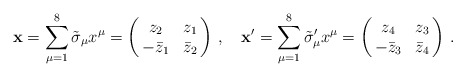
\begin{align*}\mathbf{x}=\sum_{\mu =1}^8 \tilde{\sigma}_{\mu}x^{\mu}=\left( \begin{array}{@{\,}cc@{\,}} z_2 & z_1\\ -\bar{z}_1 & \bar{z}_2 \end{array} \right)\,,\quad \mathbf{x}'=\sum_{\mu =1}^8 \tilde{\sigma}'_{\mu}x^{\mu}=\left( \begin{array}{@{\,}cc@{\,}} z_4 & z_3\\ -\bar{z}_3 & \bar{z}_4 \end{array} \right)\,. \end{align*}